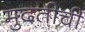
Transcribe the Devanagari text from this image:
मुदतीची